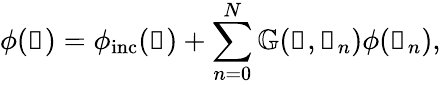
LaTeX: \phi(\boldsymbol{\mathscr{R}})=\phi_{\mathrm{{inc}}}(\boldsymbol{\mathscr{R}})+\sum_{n=0}^{N}\mathbb{{G}}(\boldsymbol{\mathscr{R}},\boldsymbol{\mathscr{R}}_{n})\phi(\boldsymbol{\mathscr{R}}_{n}),